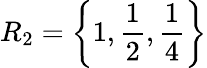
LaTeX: R_{2}=\left\{ 1,\frac{1}{2},\frac{1}{4}\right\}